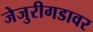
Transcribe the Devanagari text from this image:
जेजुरीगडावर